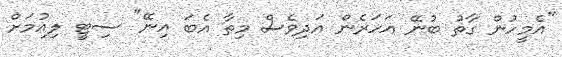
"އެމީހުން ގާތު ބުނޭ އަހަރެން އަދިވެސް މިތާ އެބަ އިނޭ" ސިޓީ ލިއުމަށް